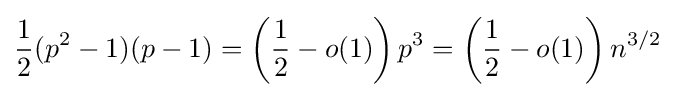
{\frac {1}{2}}(p^{2}-1)(p-1)=\left({\frac {1}{2}}-o(1)\right)p^{3}=\left({\frac {1}{2}}-o(1)\right)n^{3/2}